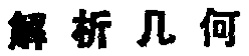
解析几何